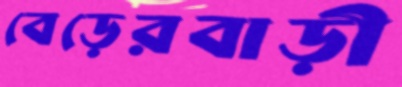
বেড়েরবাড়ী